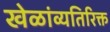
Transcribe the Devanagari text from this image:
खेळांव्यतिरिक्त